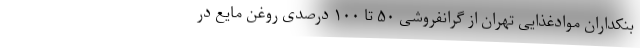
بنکداران موادغذایی تهران از گرانفروشی ۵۰ تا ۱۰۰ درصدی روغن مایع در